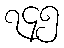
၇၄၅